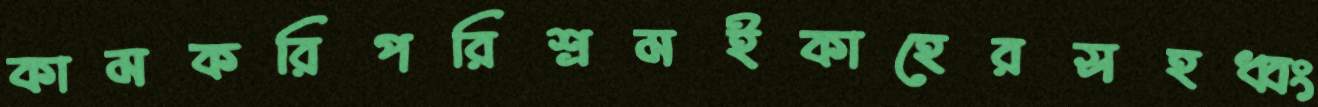
কামকরিপরিশ্রমইকাহেরসহধ্বং